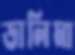
ডালিমা